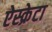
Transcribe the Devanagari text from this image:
ऐस्क्रेटा